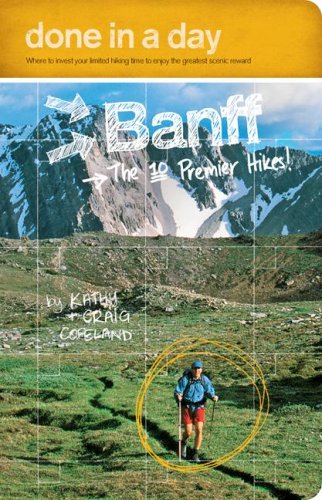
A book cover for Done in a Day Banff: The 10 Premier Hikes; Kathy Copeland; Travel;